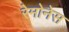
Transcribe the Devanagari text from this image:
रेमोनेस